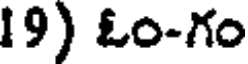
19) ఓం-గం